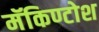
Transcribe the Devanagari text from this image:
मॅकिण्टोश